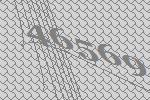
46569